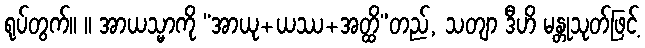
ရုပ်တွက်။ ။ အာယသ္မာကို “အာယု+ယဿ+အတ္ထိ”တည်, သတျာ ဒီဟိ မန္တုသုတ်ဖြင့်